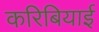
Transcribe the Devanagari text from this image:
करिबियाई